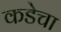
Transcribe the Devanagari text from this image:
कडेचा